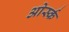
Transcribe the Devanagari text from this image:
ओर्स्क